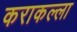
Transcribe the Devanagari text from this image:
कराकल्ला